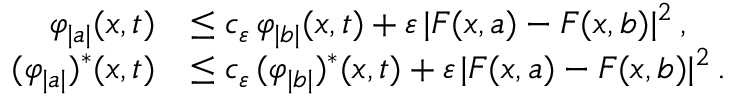
\begin{array} { r l } { \varphi _ { \vert a \vert } ( x , t ) } & { \leq c _ { \varepsilon } \, \varphi _ { \vert b \vert } ( x , t ) + \varepsilon \, \vert F ( x , a ) - F ( x , b ) \vert ^ { 2 } \, , } \\ { ( \varphi _ { \vert a \vert } ) ^ { * } ( x , t ) } & { \leq c _ { \varepsilon } \, ( \varphi _ { \vert b \vert } ) ^ { * } ( x , t ) + \varepsilon \, \vert F ( x , a ) - F ( x , b ) \vert ^ { 2 } \, . } \end{array}